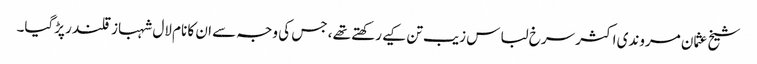
شیخ عثمان مروندی اکثر سرخ لباس زیب تن کیے رکھتے تھے ، جس کی وجہ سے ان کا نام لال شہباز قلندر پڑگیا۔